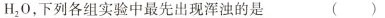
H _ { 2 } 0$$，下列各组实验中最先出现浑浊的是 ( )